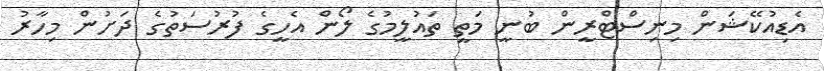
އެޑިއުކޭޝަން މިނިސްޓްރީން ބުނީ މަތީ ތައުލީމުގެ ލޯން އެހީގެ ފުރުސަތުގެ ދަށުން މިހާރު